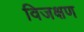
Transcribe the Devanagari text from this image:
विजक्षण